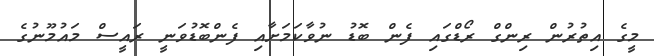
މީގެ އިތުރުން ރިންގް ރޯޑްގައި ފެން ބޮޑު ނުވާކަމަށާއި ފެންބޮޑުވަނީ ރައީސް މައުމޫނުގެ